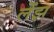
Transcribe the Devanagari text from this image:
लेंझ